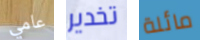
عامي تخدير مائلة